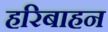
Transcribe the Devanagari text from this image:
हरिबाहन